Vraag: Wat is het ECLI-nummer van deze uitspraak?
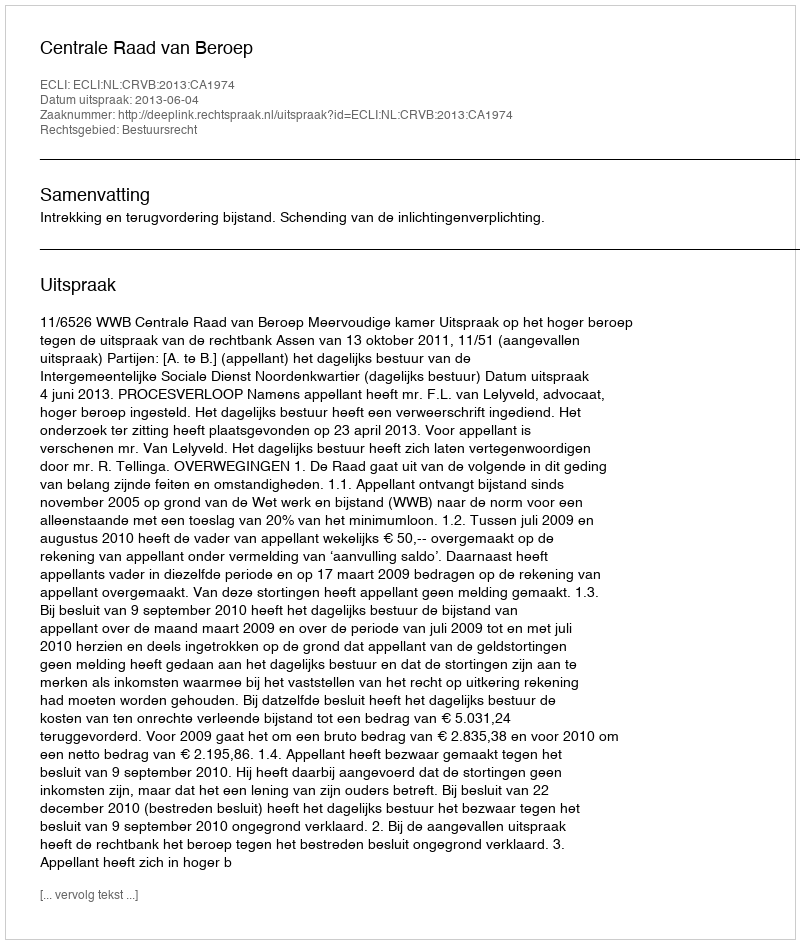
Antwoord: ECLI:NL:CRVB:2013:CA1974